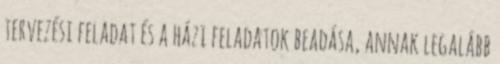
tervezési feladat és a házi feladatok beadása, annak legalább